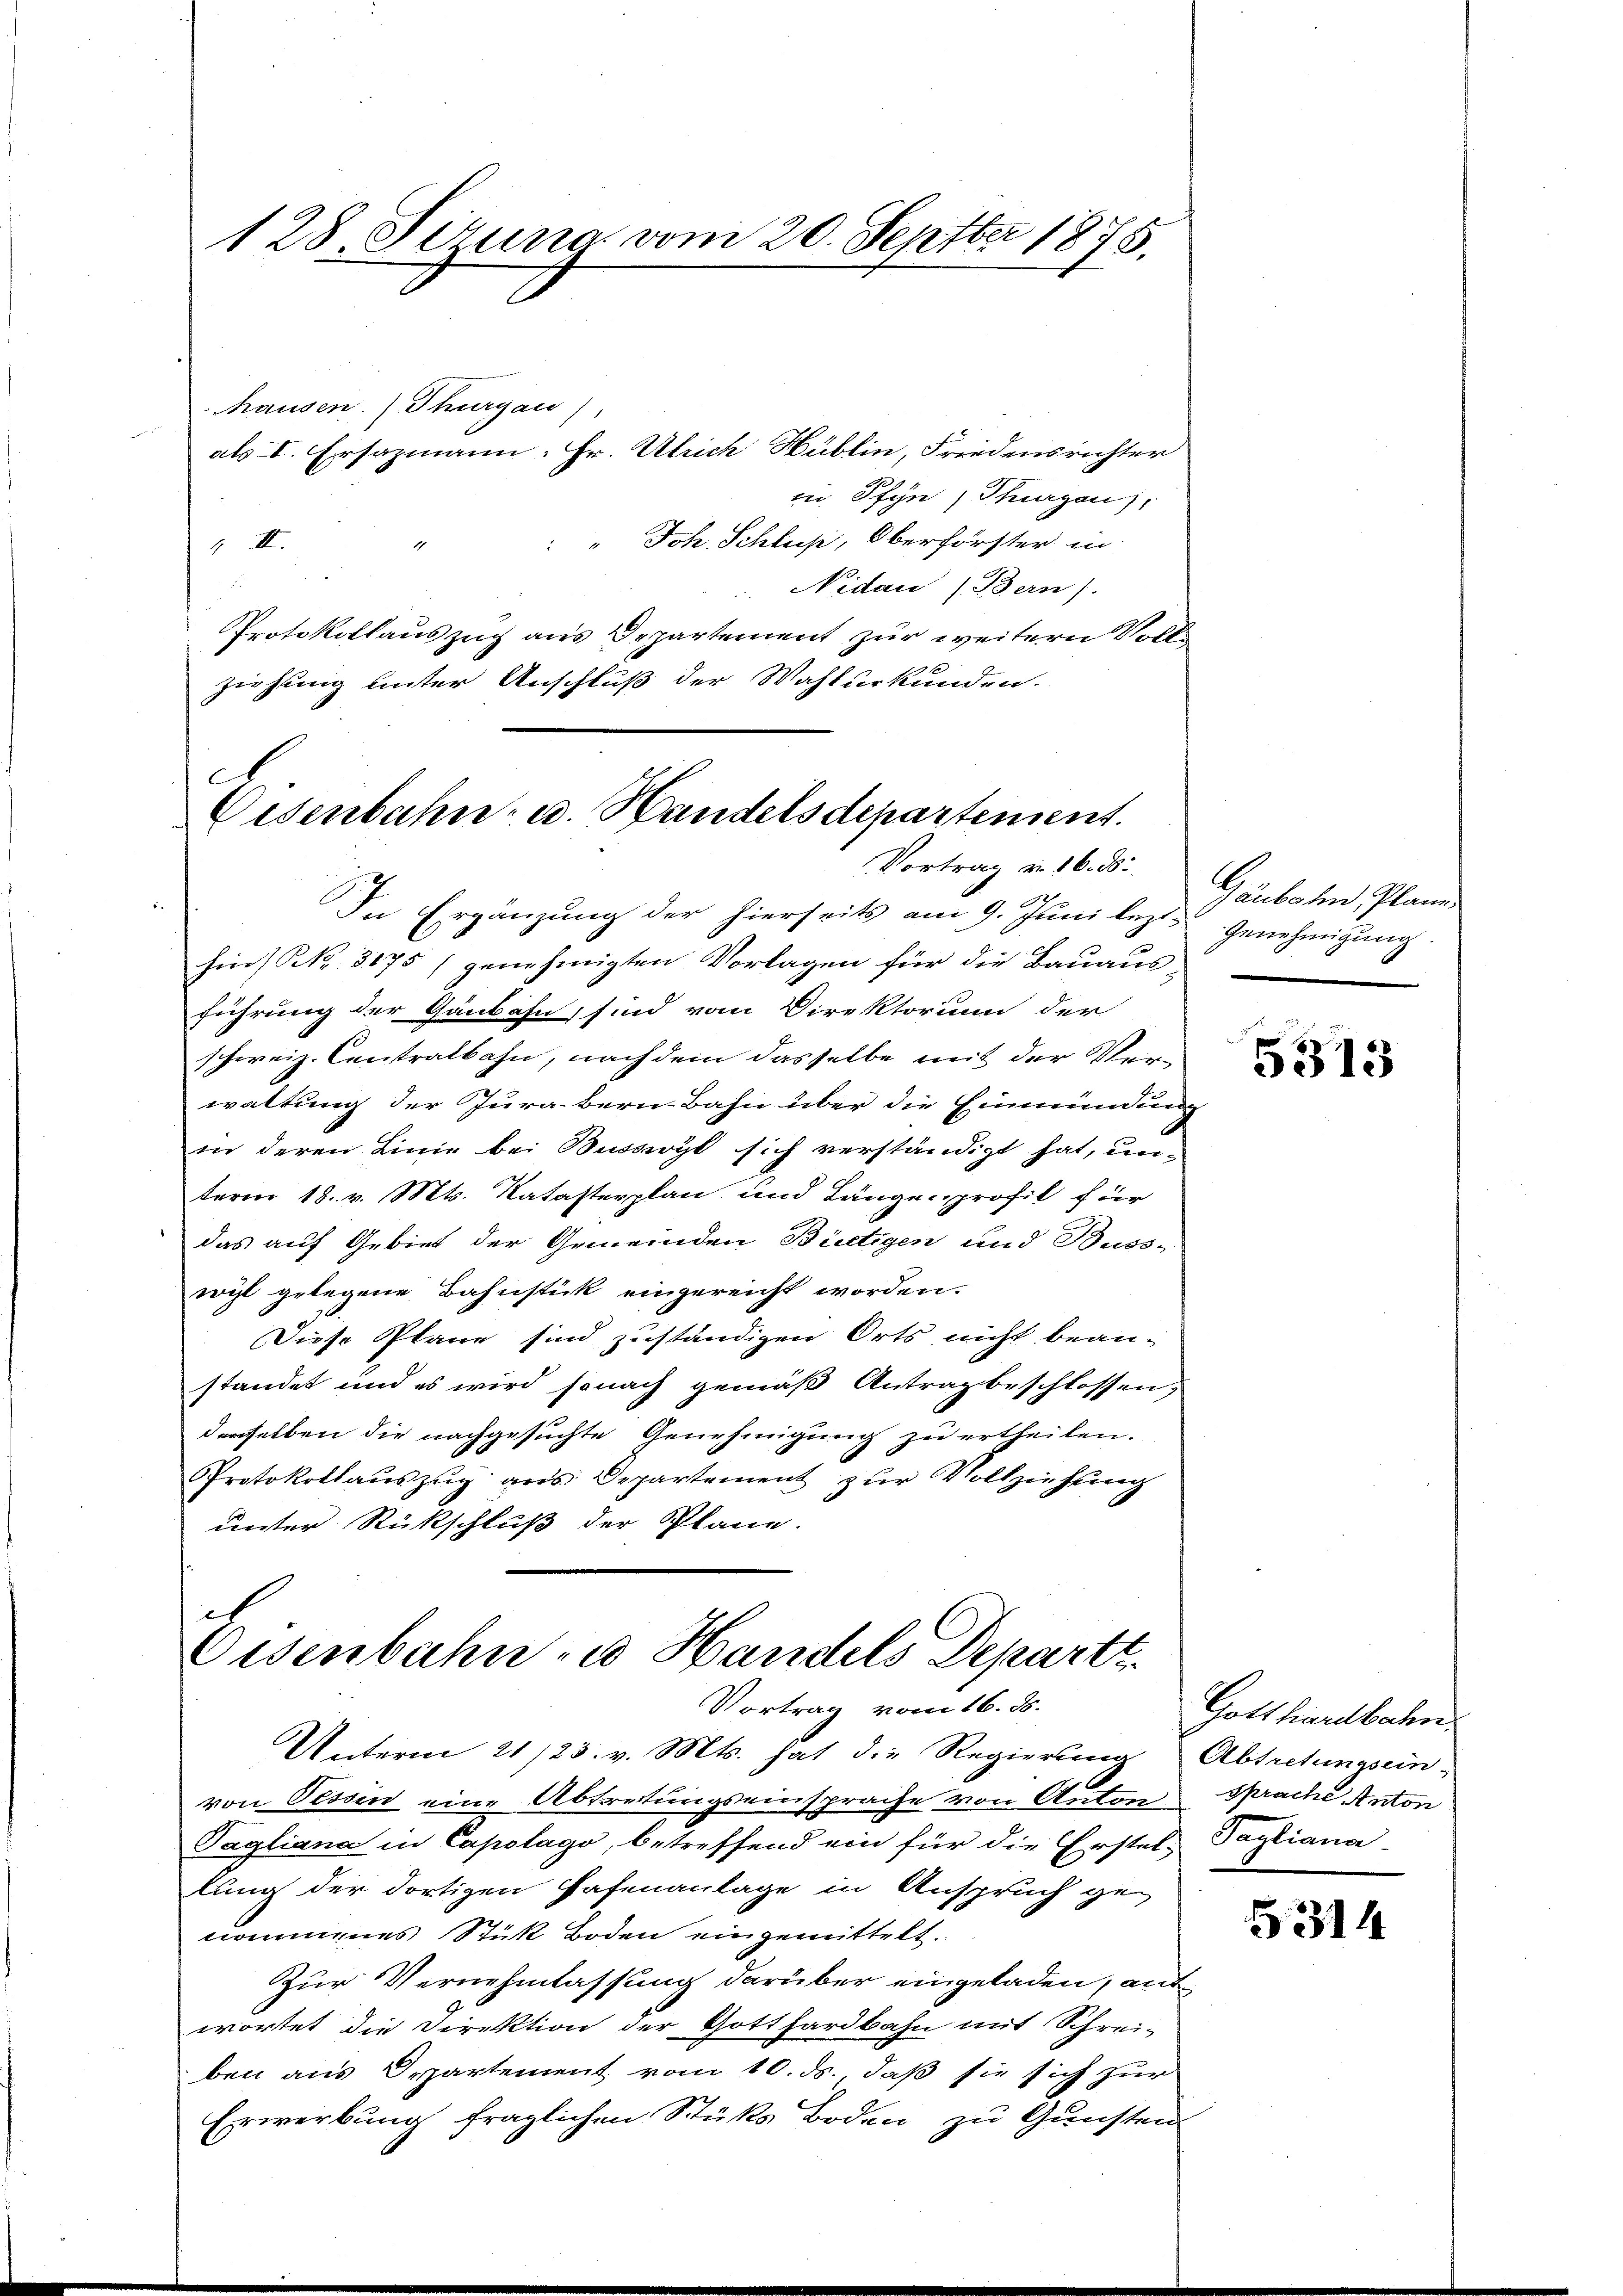
128. Sizung vom 20. Septbr 1875.

als I. Ersazmann: Fr. Ulrich Hüblin, Friedensrichter
in Pfyn, Thurgau,
" Joh. Schluß, Oberförster in
 II.
Nidau (Bern).
Protokollauszug aus Departement zur weitern Vollziehung unter Anschluß der Wahlurkunden.

hausen. Thurgau)

C
Eisenbahn- u. Handelsdepartement.
Vortrag v. 16. d.

In Ergänzung der hierseits am 9. Juni lezt-
hin) Nr. 3175) genehmigten Vorlagen für die Bauaus-
führung der Gänbahn, sind vom Direktorium der
schweiz. Centralbahn, nach dem dasselbe mit der Verwaltung der Jura bern-Bahn über die Einmündung
in deren Linie bei Buswyl sich verständigt hat, un-
term 18. v. Mts. Katasterplan und Längenprofil für
das auf Gebiet der Gemeinden Bietigen und Buss-
recht gelegene Bahnstück eingereicht worden.
Diese Plane sind zuständigen Orts nicht bean-
standet und es wird sonach gemäß Antrag beschlossen,
derselben die nachgesuchte Genehmigung zu ertheilen.
Protokollauszug aus Departement zur Vollziehung
unter Rückschluß der Plane.
e

Eisenbahn zu Handels Departt.
Vortrag vom 16. ds.

Gaubahn, Plane
Genehmigung.

Unterm 21/23. v. Mts. hat die Regierung Abtretungsein-
von Tessin eine Abtretungseinsprache von Anton Sprache Anton
Pagliana in Capotago, betreffend ein für die Erstellung der dortigen Hafenanlage in Anspruch genommenes Stük Boden eingemittelt.
Zur Vernehmlassung darüber eingeladen, anf
wortet die Direktion der Gotthardbahn mit Schrei-
ben aus Departement vom 10. ds., daß sie sich zur
Erwerbung fraglichen Stüks Boden zu Gunsten

d
5313

Gotthardbahn.
Pagliana

5314